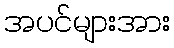
အပင်များအား